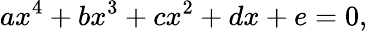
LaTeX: ax^{4}+bx^{3}+cx^{2}+dx+e=0,